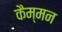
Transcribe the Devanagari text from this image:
कैम्मन